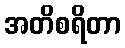
အတိစရိတာ